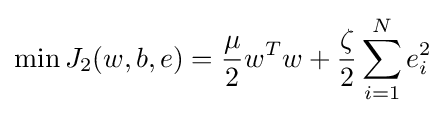
\min J_{2}(w,b,e)={\frac {\mu }{2}}w^{T}w+{\frac {\zeta }{2}}\sum \limits _{i=1}^{N}e_{i}^{2}